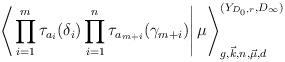
LaTeX: \begin{align*}\left\langle\left. \prod_{i=1}^m\tau_{a_{i}}(\delta_{i})\prod_{i=1}^n\tau_{a_{m+i}}(\gamma_{m+i})\right|\mathbf \mu\right\rangle^{(Y_{D_0,r},D_\infty)}_{g,\vec k,n,\vec\mu,d}\end{align*}